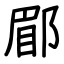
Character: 郿